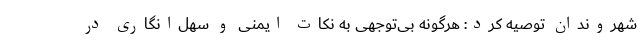
شهروندان توصیه کرد: هرگونه بی‌توجهی به نکات ایمنی و سهل‌انگاری در